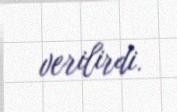
verilirdi.